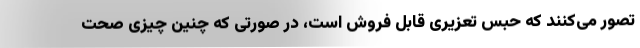
تصور می‌کنند که حبس تعزیری قابل فروش است، در صورتی که چنین چیزی صحت